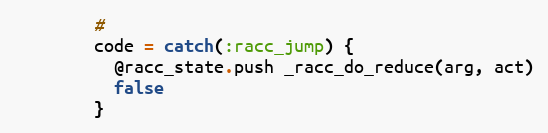
Language: Ruby
        #
        code = catch(:racc_jump) {
          @racc_state.push _racc_do_reduce(arg, act)
          false
        }